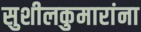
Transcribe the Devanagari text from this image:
सुशीलकुमारांना